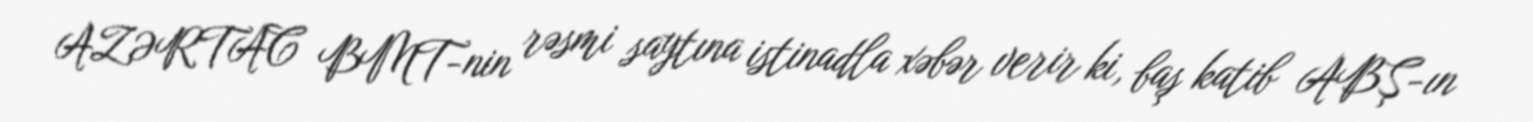
AZƏRTAC BMT-nin rəsmi saytına istinadla xəbər verir ki, baş katib ABŞ-ın